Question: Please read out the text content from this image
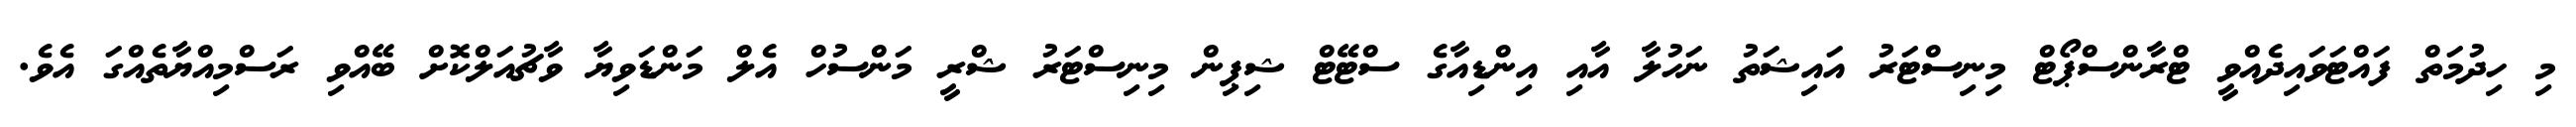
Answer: މި ހިދުމަތް ފައްޓަވައިދެއްވީ ޓްރާންސްޕޯޓް މިނިސްޓަރު އައިޝަތު ނަހުލާ އާއި އިންޑިއާގެ ސްޓޭޓް ޝިޕިން މިނިސްޓަރު ޝްރީ މަންސުހް އެލް މަންޑަވިޔާ ވާޗުއަލްކޮށް ބޭއްވި ރަސްމިއްޔާތެއްގަ އެވެ.